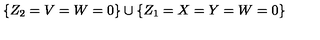
\{ Z _ { 2 } = V = W = 0 \} \cup \{ Z _ { 1 } = X = Y = W = 0 \}